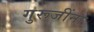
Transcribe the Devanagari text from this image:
गुरूजींना